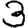
Digit: 3